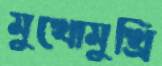
মুখোমুখ্রি